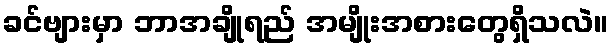
ခင်ဗျားမှာ ဘာအချိုရည် အမျိုးအစားတွေရှိသလဲ။